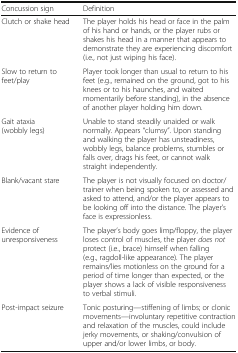
<table><thead><tr><td><b>Concussion sign</b></td><td><b>Definition</b></td></tr></thead><tbody><tr><td>Clutch or shake head</td><td>The player holds his head or face in the palm of his hand or hands, or the player rubs or shakes his head in a manner that appears to demonstrate they are experiencing discomfort (i.e., not just wiping his face).</td></tr><tr><td>Slow to return to feet/play</td><td>Player took longer than usual to return to his feet (e.g., remained on the ground, got to his knees or to his haunches, and waited momentarily before standing), in the absence of another player holding him down.</td></tr><tr><td>Gait ataxia (wobbly legs)</td><td>Unable to stand steadily unaided or walk normally. Appears “clumsy”. Upon standing and walking the player has unsteadiness, wobbly legs, balance problems, stumbles or falls over, drags his feet, or cannot walk straight independently.</td></tr><tr><td>Blank/vacant stare</td><td>The player is not visually focused on doctor/trainer when being spoken to, or assessed and asked to attend, and/or the player appears to be looking off into the distance. The player’s face is expressionless.</td></tr><tr><td>Evidence of unresponsiveness</td><td>The player’s body goes limp/floppy, the player loses control of muscles, the player <i>does not</i> protect (i.e., brace) himself when falling (e.g., ragdoll-like appearance). The player remains/lies motionless on the ground for a period of time longer than expected, or the player shows a lack of visible responsiveness to verbal stimuli.</td></tr><tr><td>Post-impact seizure</td><td>Tonic posturing—stiffening of limbs; or clonic movements—involuntary repetitive contraction and relaxation of the muscles, could include jerky movements, or shaking/convulsion of upper and/or lower limbs, or body.</td></tr></tbody></table>